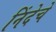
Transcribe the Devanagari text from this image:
निंदेचे